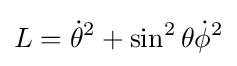
L={\dot {\theta }}^{2}+\sin ^{2}\theta {\dot {\phi }}^{2}